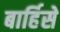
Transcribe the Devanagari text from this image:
बार्हिसे